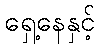
ရှေ့နေနှင့်